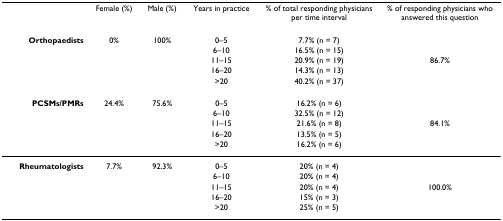
<table><thead><tr><td></td><td><b>Female (%)</b></td><td><b>Male (%)</b></td><td><b>Years in practice</b></td><td><b>% of total responding physicians per time interval</b></td><td><b>% of responding physicians who answered this question</b></td></tr></thead><tbody><tr><td><b>Orthopaedists</b></td><td>0%</td><td>100%</td><td>0–5</td><td>7.7% (n = 7)</td><td></td></tr><tr><td></td><td></td><td></td><td>6–10</td><td>16.5% (n = 15)</td><td></td></tr><tr><td></td><td></td><td></td><td>11–15</td><td>20.9% (n = 19)</td><td>86.7%</td></tr><tr><td></td><td></td><td></td><td>16–20</td><td>14.3% (n = 13)</td><td></td></tr><tr><td></td><td></td><td></td><td>&gt;20</td><td>40.2% (n = 37)</td><td></td></tr><tr><td><b>PCSMs/PMRs</b></td><td>24.4%</td><td>75.6%</td><td>0–5</td><td>16.2% (n = 6)</td><td></td></tr><tr><td></td><td></td><td></td><td>6–10</td><td>32.5% (n = 12)</td><td></td></tr><tr><td></td><td></td><td></td><td>11–15</td><td>21.6% (n = 8)</td><td>84.1%</td></tr><tr><td></td><td></td><td></td><td>16–20</td><td>13.5% (n = 5)</td><td></td></tr><tr><td></td><td></td><td></td><td>&gt;20</td><td>16.2% (n = 6)</td><td></td></tr><tr><td><b>Rheumatologists</b></td><td>7.7%</td><td>92.3%</td><td>0–5</td><td>20% (n = 4)</td><td></td></tr><tr><td></td><td></td><td></td><td>6–10</td><td>20% (n = 4)</td><td></td></tr><tr><td></td><td></td><td></td><td>11–15</td><td>20% (n = 4)</td><td>100.0%</td></tr><tr><td></td><td></td><td></td><td>16–20</td><td>15% (n = 3)</td><td></td></tr><tr><td></td><td></td><td></td><td>&gt;20</td><td>25% (n = 5)</td><td></td></tr></tbody></table>